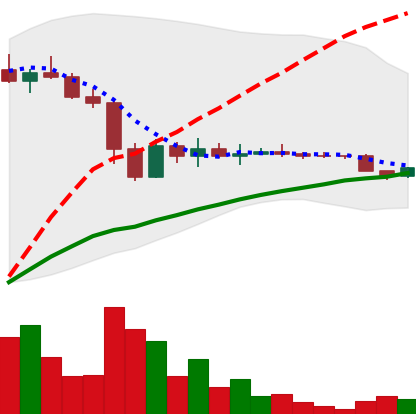
Ticker: DOGE-USD
Chart end date: 2022-11-22
Forward return: 25.767%
Label: up_7plus